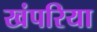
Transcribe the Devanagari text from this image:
खंपरिया